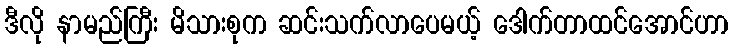
ဒီလို နာမည်ကြီး မိသားစုက ဆင်းသက်လာပေမယ့် ဒေါက်တာထင်အောင်ဟာ